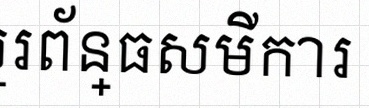
ដោះស្រាយប្រព័ន្ធសមីការ